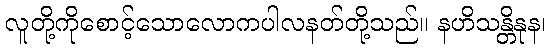
လူတို့ကိုစောင့်သောလောကပါလနတ်တို့သည်။ နဟိသန္တိနုန၊